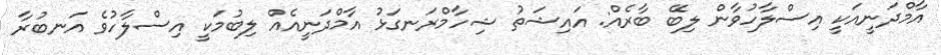
އާމްދަނީއަކީ އިސްލާހުވާން ލިބޭ ބާރެއް: އައިޝަތު ޝިހާމްރަނގަޅު އާމްދަނީއެއް ލިބުމަކީ އިސްލާހުވެ އަނބުރާ